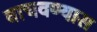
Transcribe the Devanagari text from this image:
वाचवण्यास